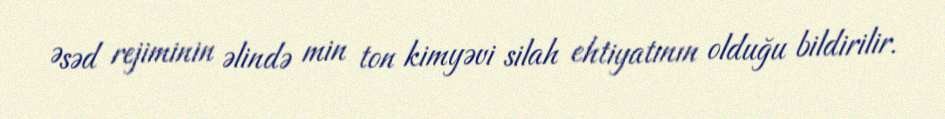
Əsəd rejiminin əlində min ton kimyəvi silah ehtiyatının olduğu bildirilir.